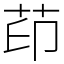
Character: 茚